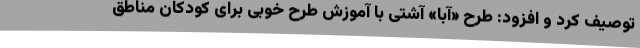
توصیف کرد و افزود: طرح «آبا» آشتی با آموزش طرح خوبی برای کودکان مناطق